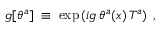
g [ \theta ^ { a } ] \; \equiv \; \exp \left( i g \, \theta ^ { a } ( x ) \, T ^ { a } \right) \; ,